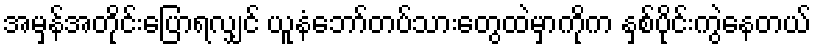
အမှန်အတိုင်းပြောရလျှင် ယူနံဘော်တပ်သားတွေထဲမှာကိုက နှစ်ပိုင်းကွဲနေတယ်